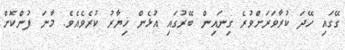
ގޭގައި ހޭދަ ކުރާވަރަށްވުރެ ގިނައިން ބޭރުގައި އުޅެން ޚިޔާރު ކުރެވެއެވެ. މާނަ ފުންކޮށް